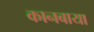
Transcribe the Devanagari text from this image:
कानबाया